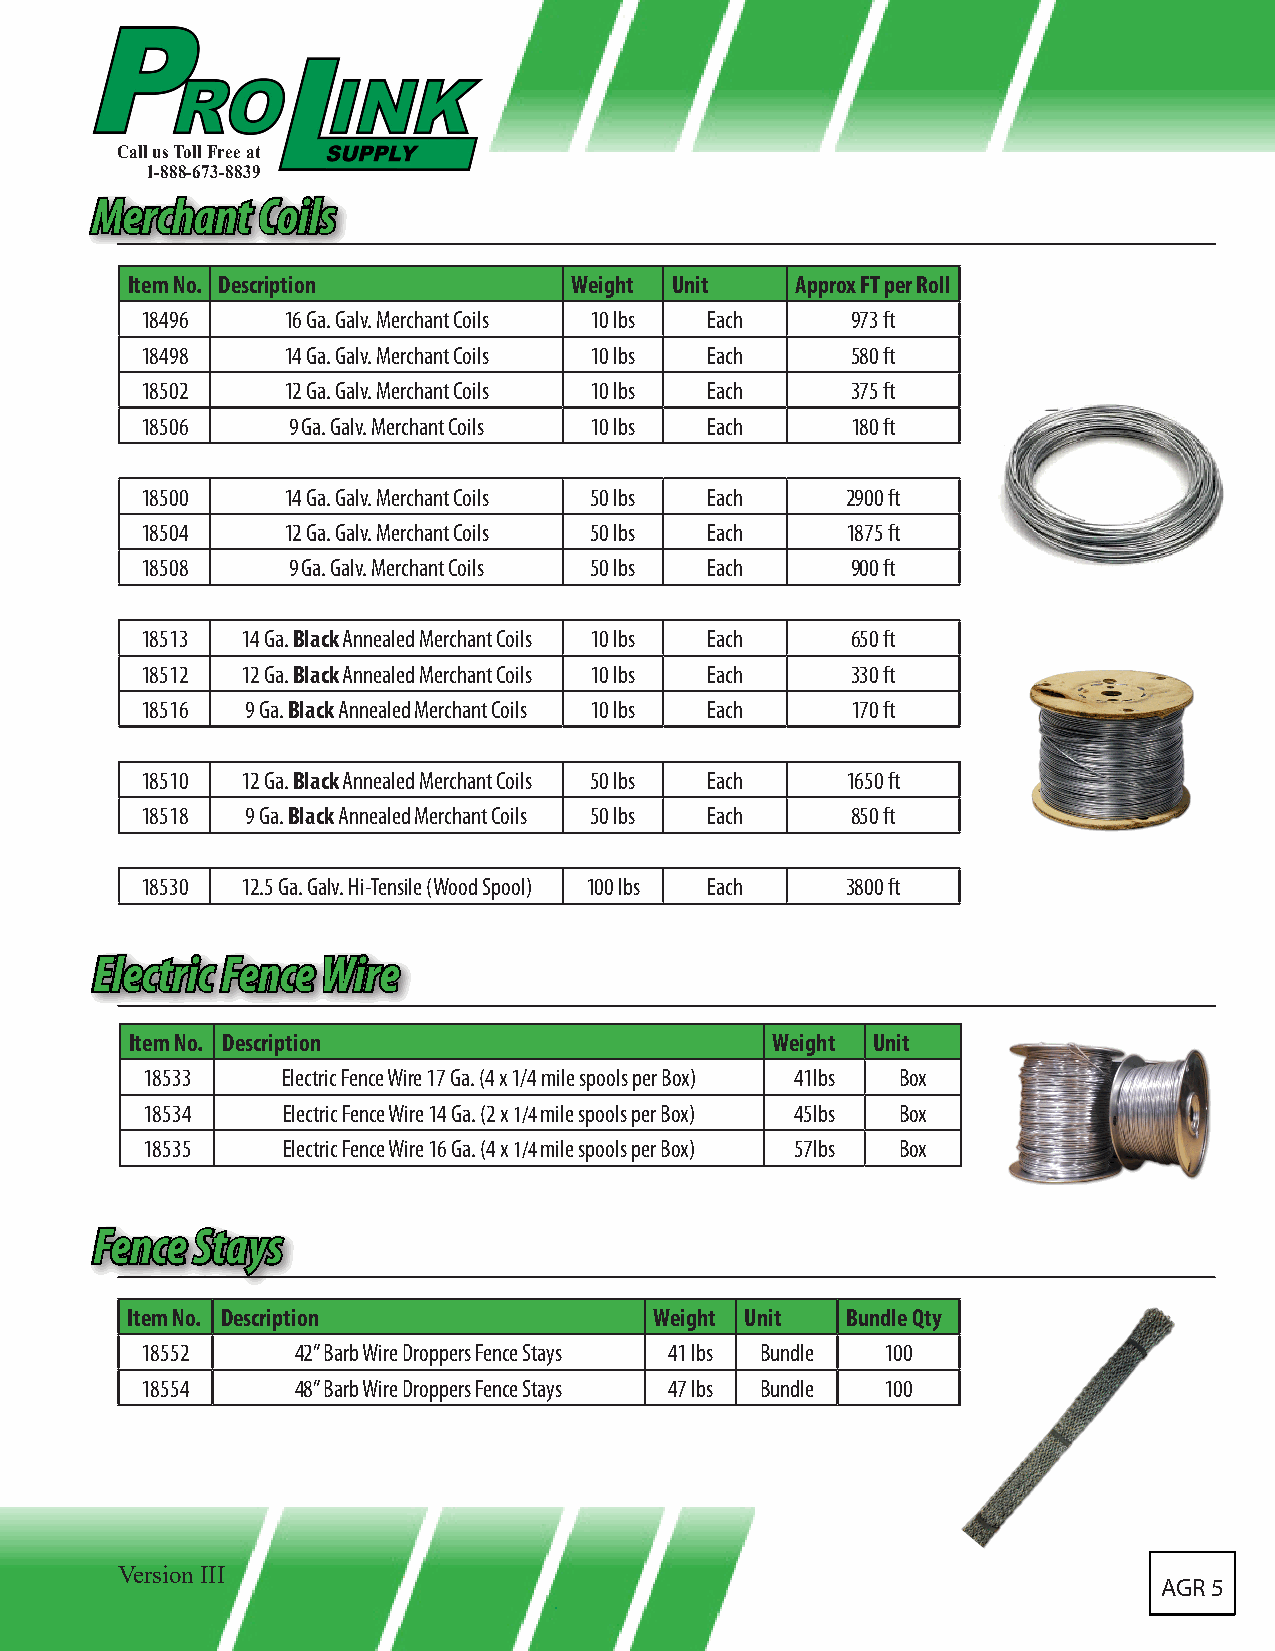
Call us Toll Free at
 1-888-673-8839
 MMeerrcchhaanntt CCooiillss
 Item No. Description          Weight Unit    Approx FT per Roll
 18496     16 Ga. Galv. Merchant Coils 10 lbs Each 973 ft
 18498     14 Ga. Galv. Merchant Coils 10 lbs Each 580 ft
 18502     12 Ga. Galv. Merchant Coils 10 lbs Each 375 ft
 18506     9 Ga. Galv. Merchant Coils 10 lbs Each 180 ft
 18500     14 Ga. Galv. Merchant Coils 50 lbs Each 2900 ft
 18504     12 Ga. Galv. Merchant Coils 50 lbs Each 1875 ft
 18508     9 Ga. Galv. Merchant Coils 50 lbs Each 900 ft
 18513  14 Ga. Black Annealed Merchant Coils 10 lbs Each 650 ft
 18512  12 Ga. Black Annealed Merchant Coils 10 lbs Each 330 ft
 18516  9 Ga. Black Annealed Merchant Coils 10 lbs Each 170 ft
 18510  12 Ga. Black Annealed Merchant Coils 50 lbs Each 1650 ft
 18518  9 Ga. Black Annealed Merchant Coils 50 lbs Each 850 ft
 18530  12.5 Ga. Galv. Hi-Tensile (Wood Spool) 100 lbs Each 3800 ft
 EElleeccttrriicc FFeennccee WWiirree
 Item No. Description                      Weight Unit
 18533     Electric Fence Wire 17 Ga. (4 x 1/4 mile spools per Box) 41lbs Box
 18534     Electric Fence Wire 14 Ga. (2 x 1/4 mile spools per Box) 45lbs Box
 18535     Electric Fence Wire 16 Ga. (4 x 1/4 mile spools per Box) 57lbs Box
 FFeennccee SSttaayyss
 Item No. Description               Weight Unit  Bundle Qty
 18552      42” Barb Wire Droppers Fence Stays 41 lbs Bundle 100
 18554      48” Barb Wire Droppers Fence Stays 47 lbs Bundle 100
 Version III
 AGR 5